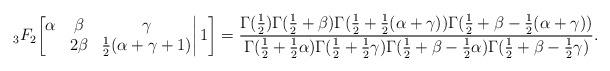
LaTeX: \begin{align*}{}_3F_2\bigg[\begin{matrix}\alpha&\beta&\gamma\\&2\beta&\frac12(\alpha+\gamma+1)\end{matrix}\bigg|\,1\bigg]=\frac{\Gamma(\frac12)\Gamma(\frac12+\beta)\Gamma(\frac12+\frac12(\alpha+\gamma))\Gamma(\frac12+\beta-\frac12(\alpha+\gamma))}{\Gamma(\frac12+\frac12\alpha)\Gamma(\frac12+\frac12\gamma)\Gamma(\frac12+\beta-\frac12\alpha)\Gamma(\frac12+\beta-\frac12\gamma)}.\end{align*}